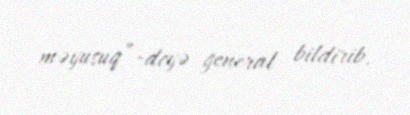
məyusuq”-deyə general bildirib.